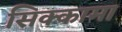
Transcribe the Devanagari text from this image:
सिक्कामा